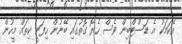
އެކަމަކު އެ ޑަސްޓްބިން ވެސް ހެޔޮ ގޮތުގައި ބޭނުން ހިފަނީ ކިތައް މީހުން